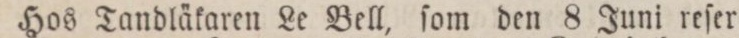
Hos Tandläkaren Le Bell, ſom den 8 Juni reſer